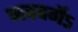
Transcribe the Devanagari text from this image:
नववर्गेऽ